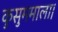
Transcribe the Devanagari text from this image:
कुसुममाला।